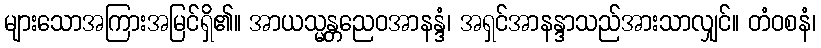
များသောအကြားအမြင်ရှိ၏။ အာယသ္မန္တညေဝအာနန္ဒံ၊ အရှင်အာနန္ဒာသည်အားသာလျှင်။ တံဝစနံ၊